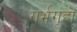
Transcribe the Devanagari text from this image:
गर्भगृहों